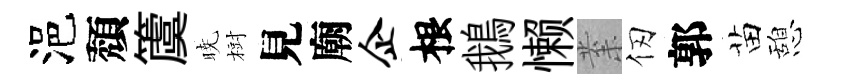
浥頽𥵂暁𣗳見廟企根鵝懒𭪙仞郭苗憩